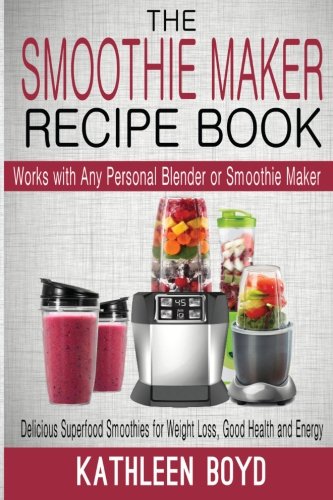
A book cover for The Smoothie Maker Recipe Book: Delicious Superfood Smoothies for Weight Loss, Good Health and Energy - Works with Any Personal Blender or Smoothie Maker; Kathleen Boyd; Cookbooks, Food & Wine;